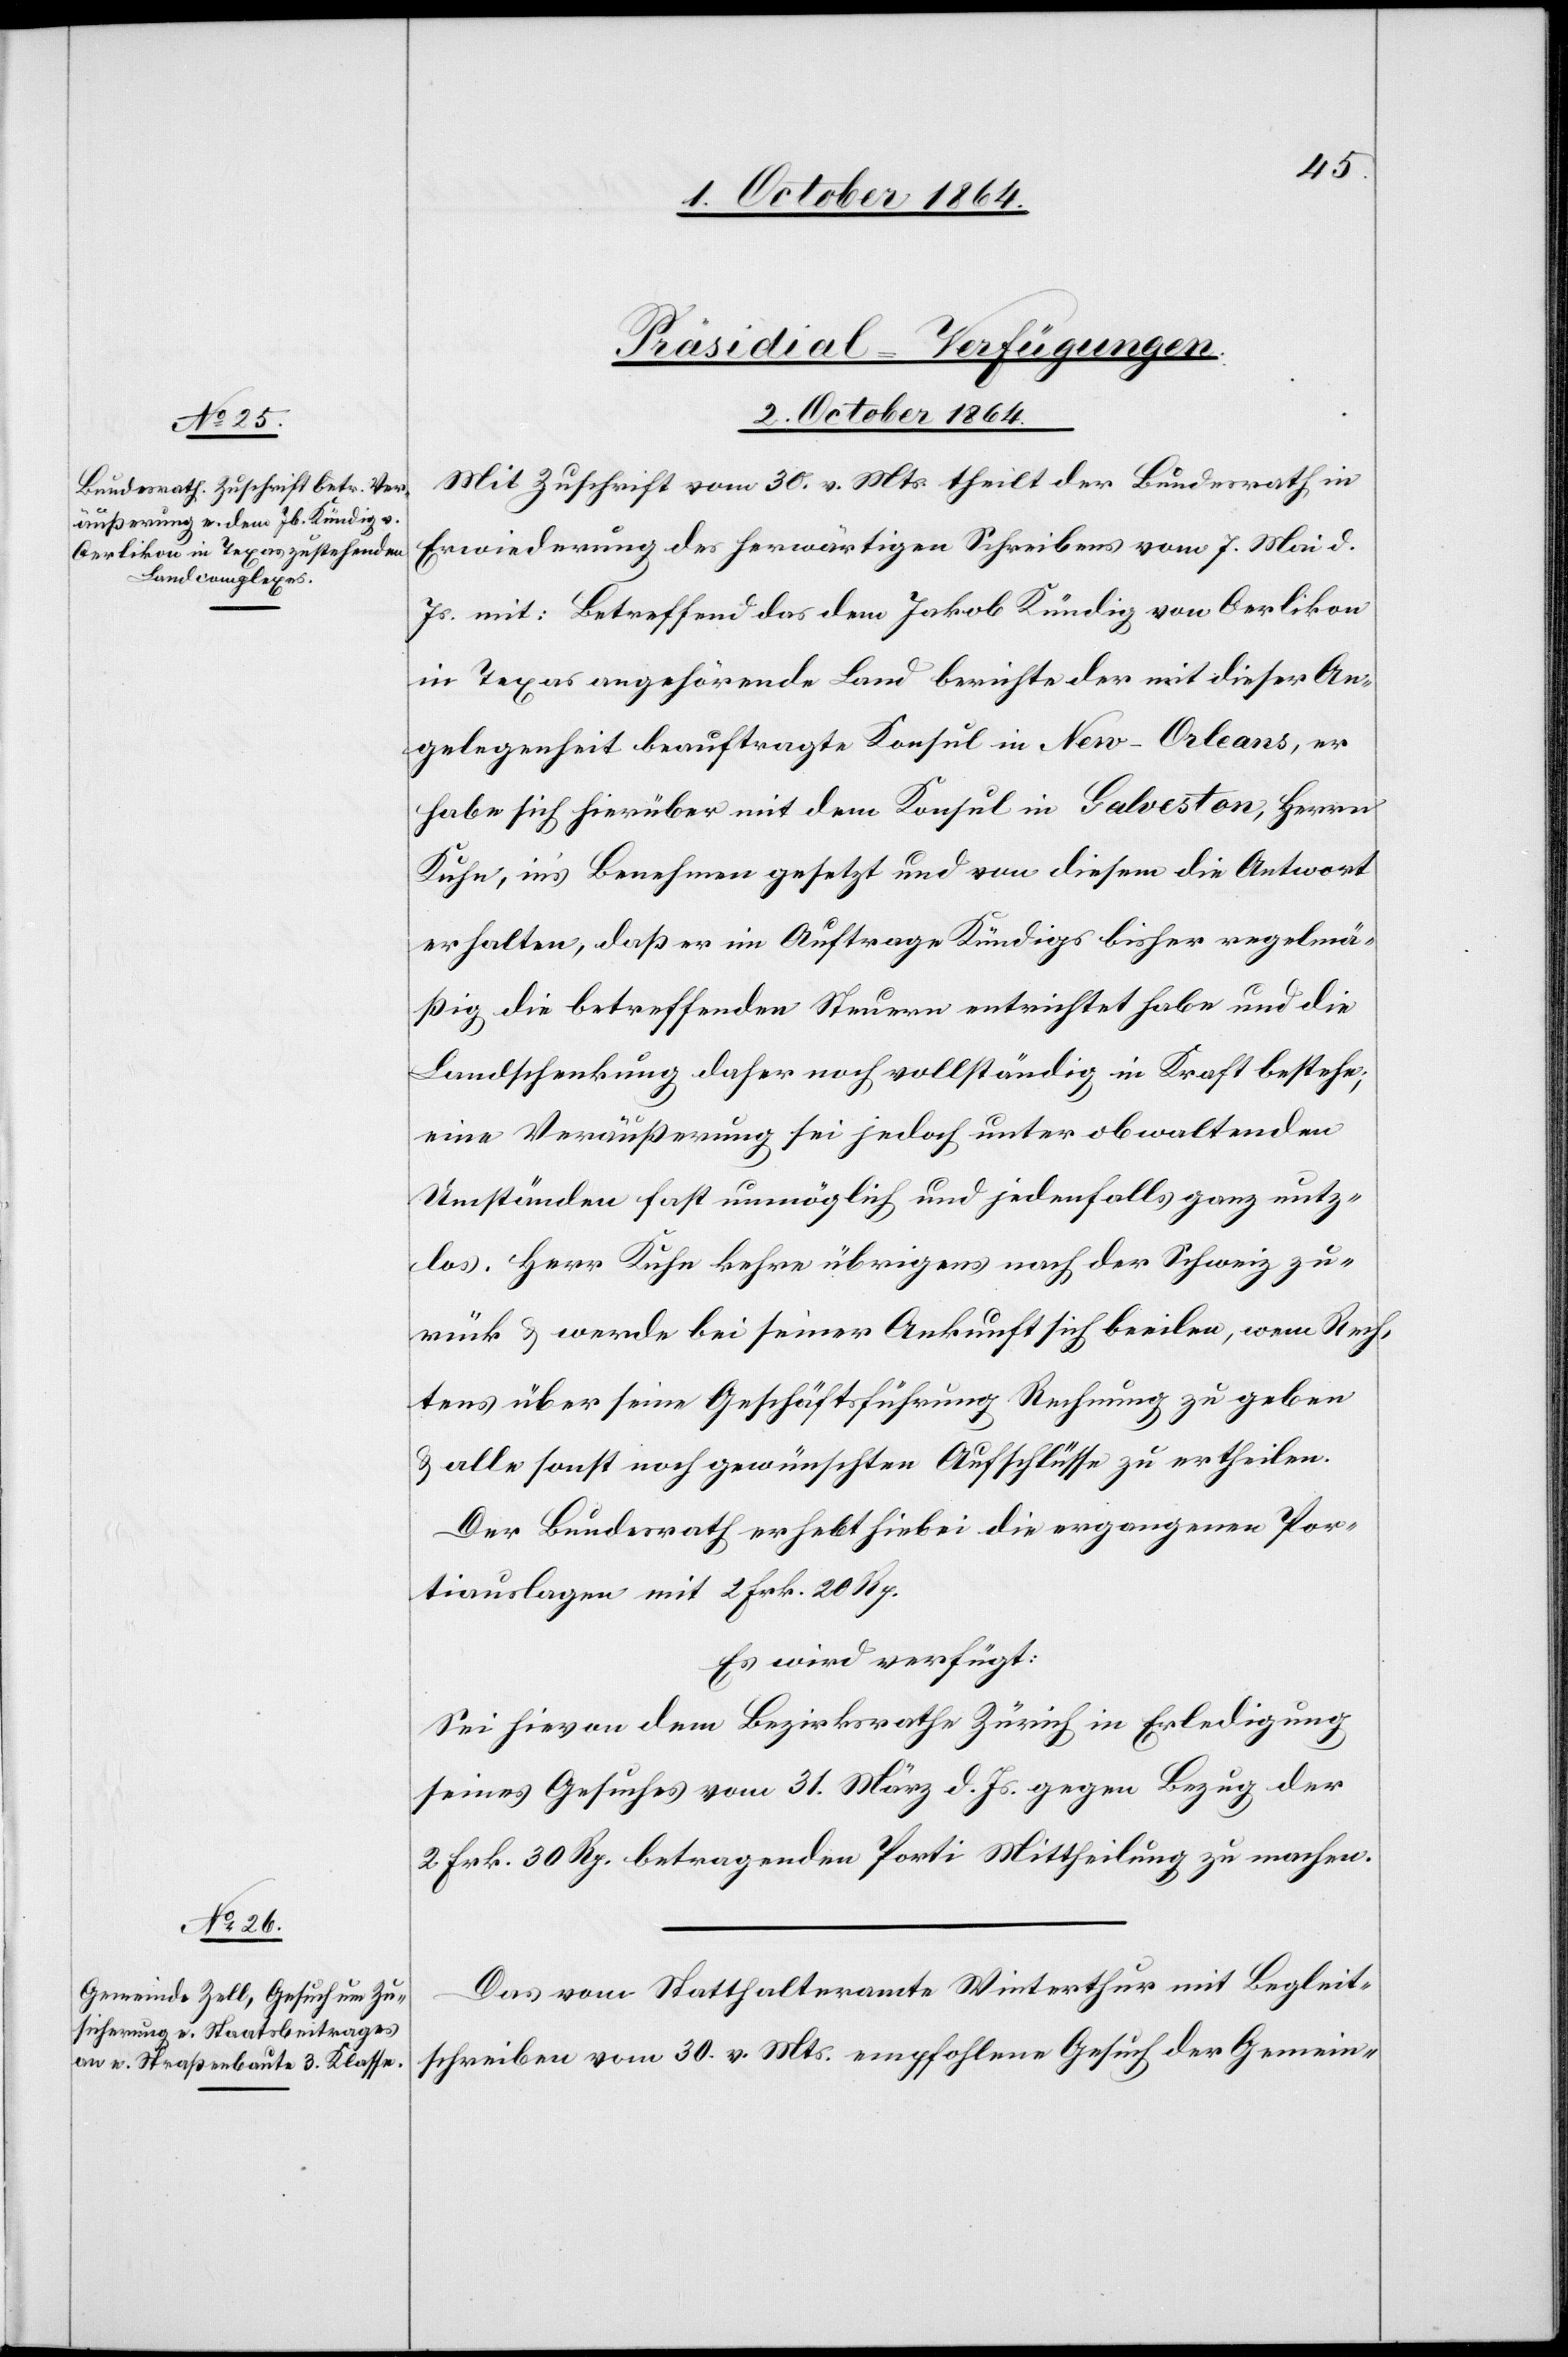
[Präsidial-Verfügungen.
2. October 1864.]
Mit Zuschrift vom 30. v. Mts. theilt der Bundesrath in
Erwiederung des herwärtigen Schreibens vom 7. Mai d.
Js. mit: Betreffend das dem Jakob Kündig von Oerlikon
in Texas angehörende Land berichte der mit dieser An¬
gelegenheit beauftragte Konsul in New Orleans, er
habe sich hierüber mit dem Konsul in Galveston, Herr
Kuhn, in’s Benehmen gesetzt und von diesem die Antwort
erhalten, daß er im Auftrage Kündigs bisher regelmä¬
ßig die betreffenden Steuern entrichtet habe und die
Landschenkung daher noch vollständig in Kraft bestehe,
eine Veräußerung sei jedoch unter obwaltenden
Umständen unmöglich und jedenfalls ganz nutz¬
los. Herr Kuhn kehre übrigens nach der Schweiz zu¬
rück & werde bei seiner Ankunft sich beeilen, wem Rech¬
tens über seine Geschäftsführung Rechnung zu geben
& alle sonst noch gewünschten Aufschlüsse zu ertheilen.
Der Bundesrath erhebt hiebei die ergangenen Por¬
tiauslagen mit 2 Frk. 20 Rp.
Es wird verfügt:
Sei hievon dem Bezirksrathe Zürich in Erledigung
seines Gesuches vom 31. März d. Js. gegen Bezug der
2 Frk. 30. Rp. betragenden Porti Mittheilung zu machen.
Das vom Statthalteramte Winterthur mit Begleit¬
schreiben vom 30. v. Mts. empfohlene Gesuch der Gemein-